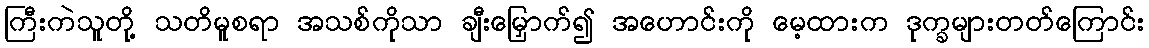
ကြီးကဲသူတို့ သတိမူစရာ အသစ်ကိုသာ ချီးမြှောက်၍ အဟောင်းကို မေ့ထားက ဒုက္ခများတတ်ကြောင်း